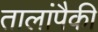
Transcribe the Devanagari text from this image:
तालांपैकी